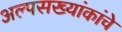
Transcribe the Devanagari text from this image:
अल्पसख्यांकांचे